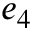
e _ { 4 }